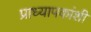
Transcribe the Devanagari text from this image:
प्राध्यापकांशी